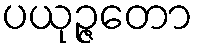
ပယုဉ္ဇတော